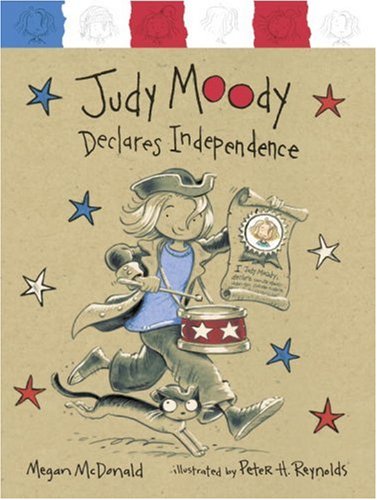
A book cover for Judy Moody Declares Independence (Book #6); Megan McDonald; Children's Books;